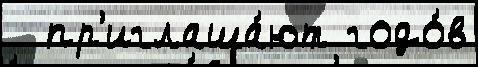
  пр'иглаша́ют годо́в